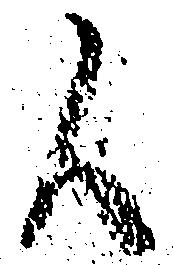
候